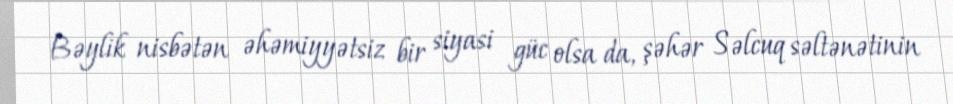
Bəylik nisbətən əhəmiyyətsiz bir siyasi güc olsa da, şəhər Səlcuq səltənətinin